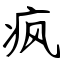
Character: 疯